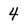
Character: 4